Medical and sanitary report of the native army of Madras for the year
Year: 1872
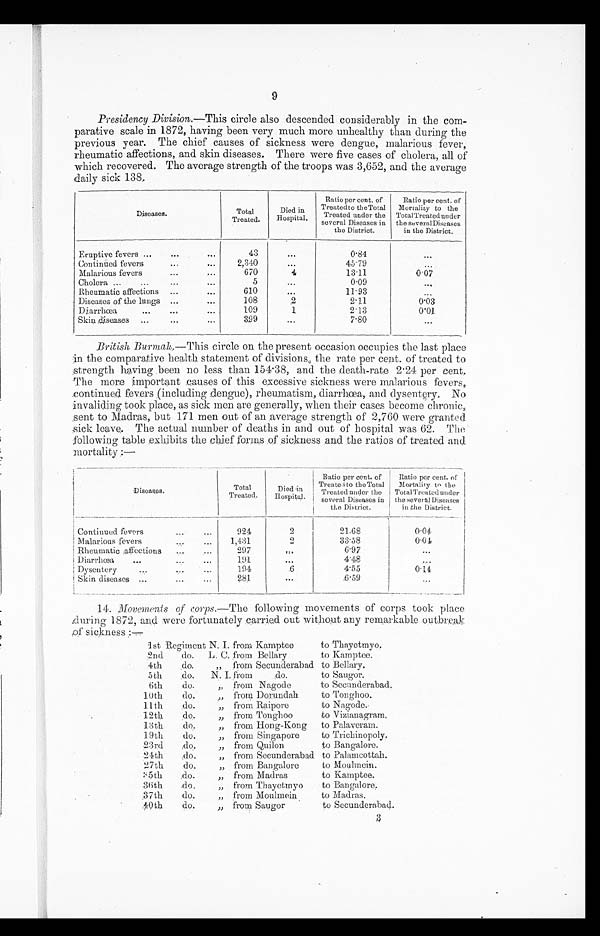
9
Presidency Division. —This circle also descended considerably in the com-
parative scale in 1872, having been very much more unhealthy than during the
previous year. The chief causes of sickness were dengue, malarious fever,
rheumatic affections, and skin diseases. There were five cases of cholera, all of
which recovered. The average strength of the troops was 3,652, and the average
daily sick 138.
Diseases.
Total
Treated.
Died in
Hospital.
Ratio per cent. of
Treated to theTotal
Treated under the
several Diseases in
the District.
Ratio per cent. of
Mortality to the
Total Treated under
the several Diseases
in the District.
Eruptive fevers ...
...
...
43
. . .
0.84
. . .
Continued fevers
...
...
2,340
. . .
45.79
. . .
Malarious fevers
...
...
670
4
13.11
0.07
Cholera ... ...
. . .
5
...
0.09
. . .
Rheumatic affections
...
...
610
...
11.93
. . .
Diseases of the lungs ...
...
108
2
2 . 1 1
0.03
Diarrhœa
...
...
109
1
2.13
0 . 0 1
Skin diseases...
...
399
...
7 . 8 0
. . .
British Burmak.—This circle on the present occasion occupies the last place
in the comparative health statement of divisions, the rate per cent. of treated to
strength having been no less than 154.38, and the death-rate 2.24 per cent.
The more important causes of this excessive sickness were malarious fevers,
continued fevers (including dengue), rheumatism, diarrhœa, and dysentery. No
invaliding took place, as sick men are generally, when their cases become chronic,
sent to Madras, but 171 men out of an average strength of 2,760 were granted
sick leave. The actual number of deaths in and out of hospital was 62. The
following table exhibits the chief forms of sickness and the ratios of treated and
mortality :—
Diseases
Total
Treated.
Died in
Hospital.
Ratio per cent of
Treated to the Total
Treated under the
several Diseases in
the District.
Ratio per cent. of
Mortality to the
Total Treated under
the several Diseases
in the District.
Continued fevers...
9 2 4
2
21.68
0.04
Malarious fevers
...
1,431
2
33.58
0 . 0 4
Rheumatic affections
. . .
297
. . .
6.97
. . .
Diarrhœa
...
...
...
191
. . .
4.48
. . .
Dysentery
...
...
...
194
6
4.55
0 . 1 4
Skin diseases ...
281
. . .
6.59
. . .
14. Movements of corps .—The following movements of corps took place
during 1872, and were fortunately carried out without any remarkable outbreak
of sick ness :—
1st Regiment N. I. from Kamptee
to Thayetmyo.
2nd
do.
L. C. from Bellary
to Kamptee.
4th
do.
" from Secunderabad to Bellary.
5 t h
d o .
N . I . f r o m
do.
to Saugor.
6th
do. " from Nagode
to Secunderabad.
10th
do. " from Dorundah
to Tonghoo.
11 th
do.
„ from Raipore
to Nagode
.
12th
do.
„ from Tonghoo
to Vizianagram.
13th
do.
" from Hong-Kong
to Palaveram.
19th
do.
" from Singapore
to Trichinopoly.
23rd
do.
" from Quilon
to Bangalore
.
24th
do. " from Secunderabad to Palamcottah.
27th
do.
" from Bangalore
to Moulmein.
35th
do. " from Madras
to Kamptee.
36th
do. " from Thayetmyo
to Bangalore.
37th
do. " from Moulmein
to Madras.
40th
do. " from Saugor
to Secunderabad.
3